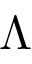
\Lambda